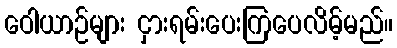
ဝေါယာဉ်များ ငှားရမ်းပေးကြပေလိမ့်မည်။